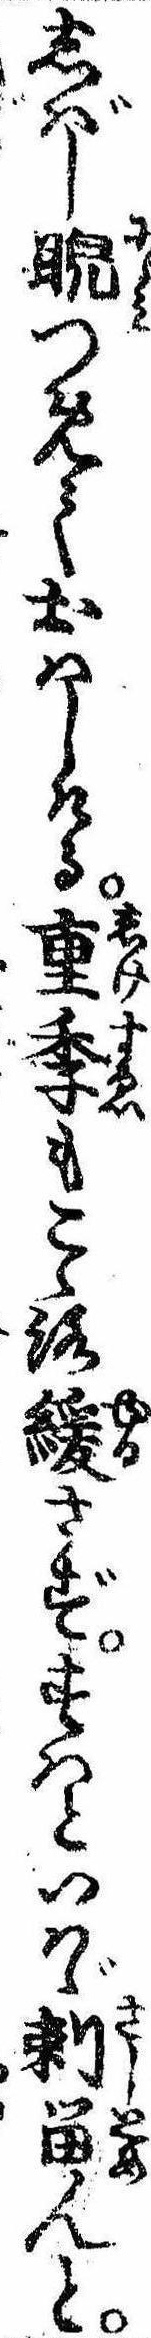
しばし睨つめておはしける重季もこゝろ緩さずすはといはゞ刺留んと